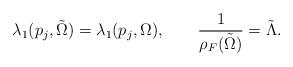
LaTeX: \begin{align*}\lambda_{1}(p_{j},\tilde\Omega) = \lambda_{1}(p_{j},\Omega),\quad\quad\frac{1}{\rho_{F}(\tilde\Omega)}=\tilde \Lambda.\end{align*}